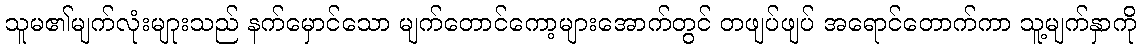
သူမ၏မျက်လုံးမျုားသည် နက်မှောင်သော မျက်တောင်ကော့များအောက်တွင် တဖျပ်ဖျပ် အရောင်တောက်ကာ သူ့မျက်နှာကို